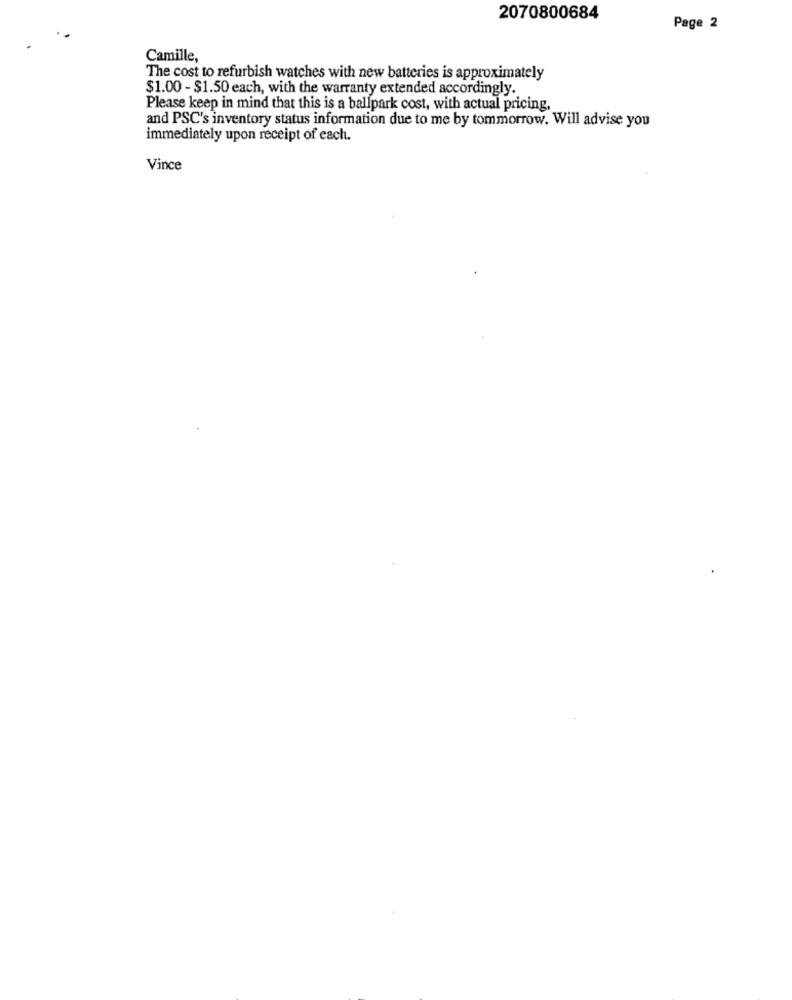
2070800684
Page 2
Camille,
The cost to refurbish watches with new batteries is approximately
$1.00 - $1.50 each, with the warranty extended accordingly.
Please keep in mind that this is a ballpark cost, with actual pricing,
and PSC's inventory status information due to me by tommorrow. Will advise you
immediately upon receipt of each.
Vince